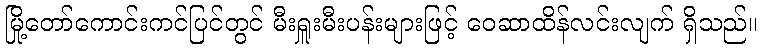
မြို့တော်ကောင်းကင်ပြင်တွင် မီးရှူးမီးပန်းများဖြင့် ဝေဆာထိန်လင်းလျက် ရှိသည်။